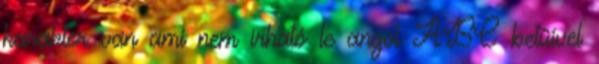
karakter van ami nem írható le angol ABC betűivel